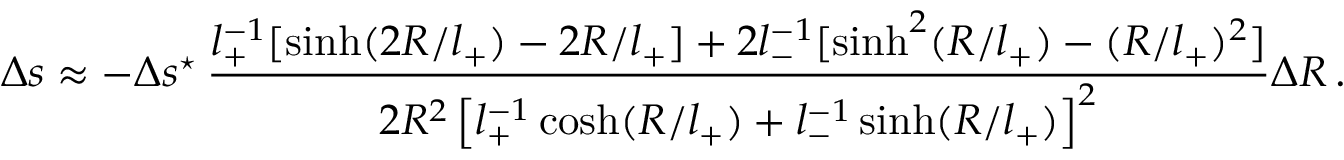
\Delta s \approx - \Delta s ^ { \star } \, \frac { l _ { + } ^ { - 1 } [ \sinh ( 2 R / l _ { + } ) - 2 R / l _ { + } ] + 2 l _ { - } ^ { - 1 } [ \sinh ^ { 2 } ( R / l _ { + } ) - ( R / l _ { + } ) ^ { 2 } ] } { 2 R ^ { 2 } \left[ l _ { + } ^ { - 1 } \cosh ( R / l _ { + } ) + l _ { - } ^ { - 1 } \sinh ( R / l _ { + } ) \right] ^ { 2 } } \Delta R \, .